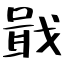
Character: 戢